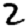
Digit: 2